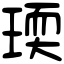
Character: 瑌